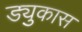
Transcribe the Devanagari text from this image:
ड्युकास